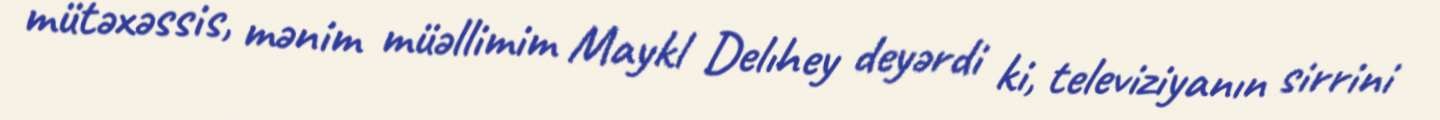
mütəxəssis, mənim müəllimim Maykl Delıhey deyərdi ki, televiziyanın sirrini